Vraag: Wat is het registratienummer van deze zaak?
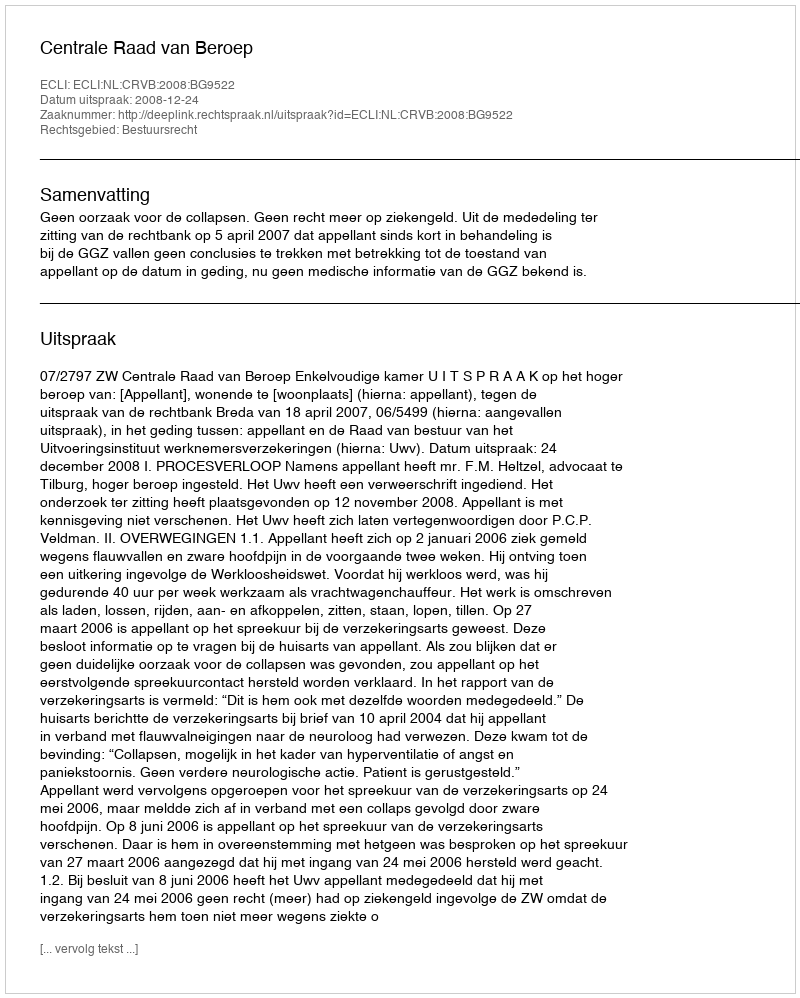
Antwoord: http://deeplink.rechtspraak.nl/uitspraak?id=ECLI:NL:CRVB:2008:BG9522